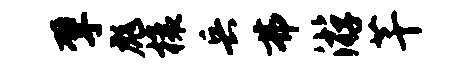
擘彪榱兵弗游芊